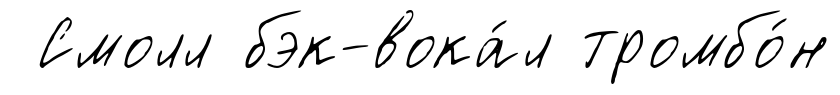
Смолл бэк-вока́л тромбо́н